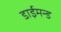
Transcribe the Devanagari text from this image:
डाईमन्ड